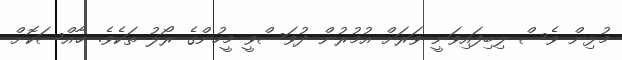
މުޅިން ވެސް ލިބިފައިވަނީ ވަރަށް އުމުރުން ދުވަސްވީ މީހުންގެ ރޯލު ތަކެވެ. ޚާއްސަކޮށް